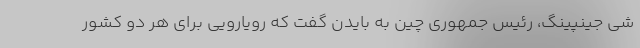
شی جینپینگ، رئیس جمهوری چین به بایدن گفت که رویارویی برای هر دو کشور